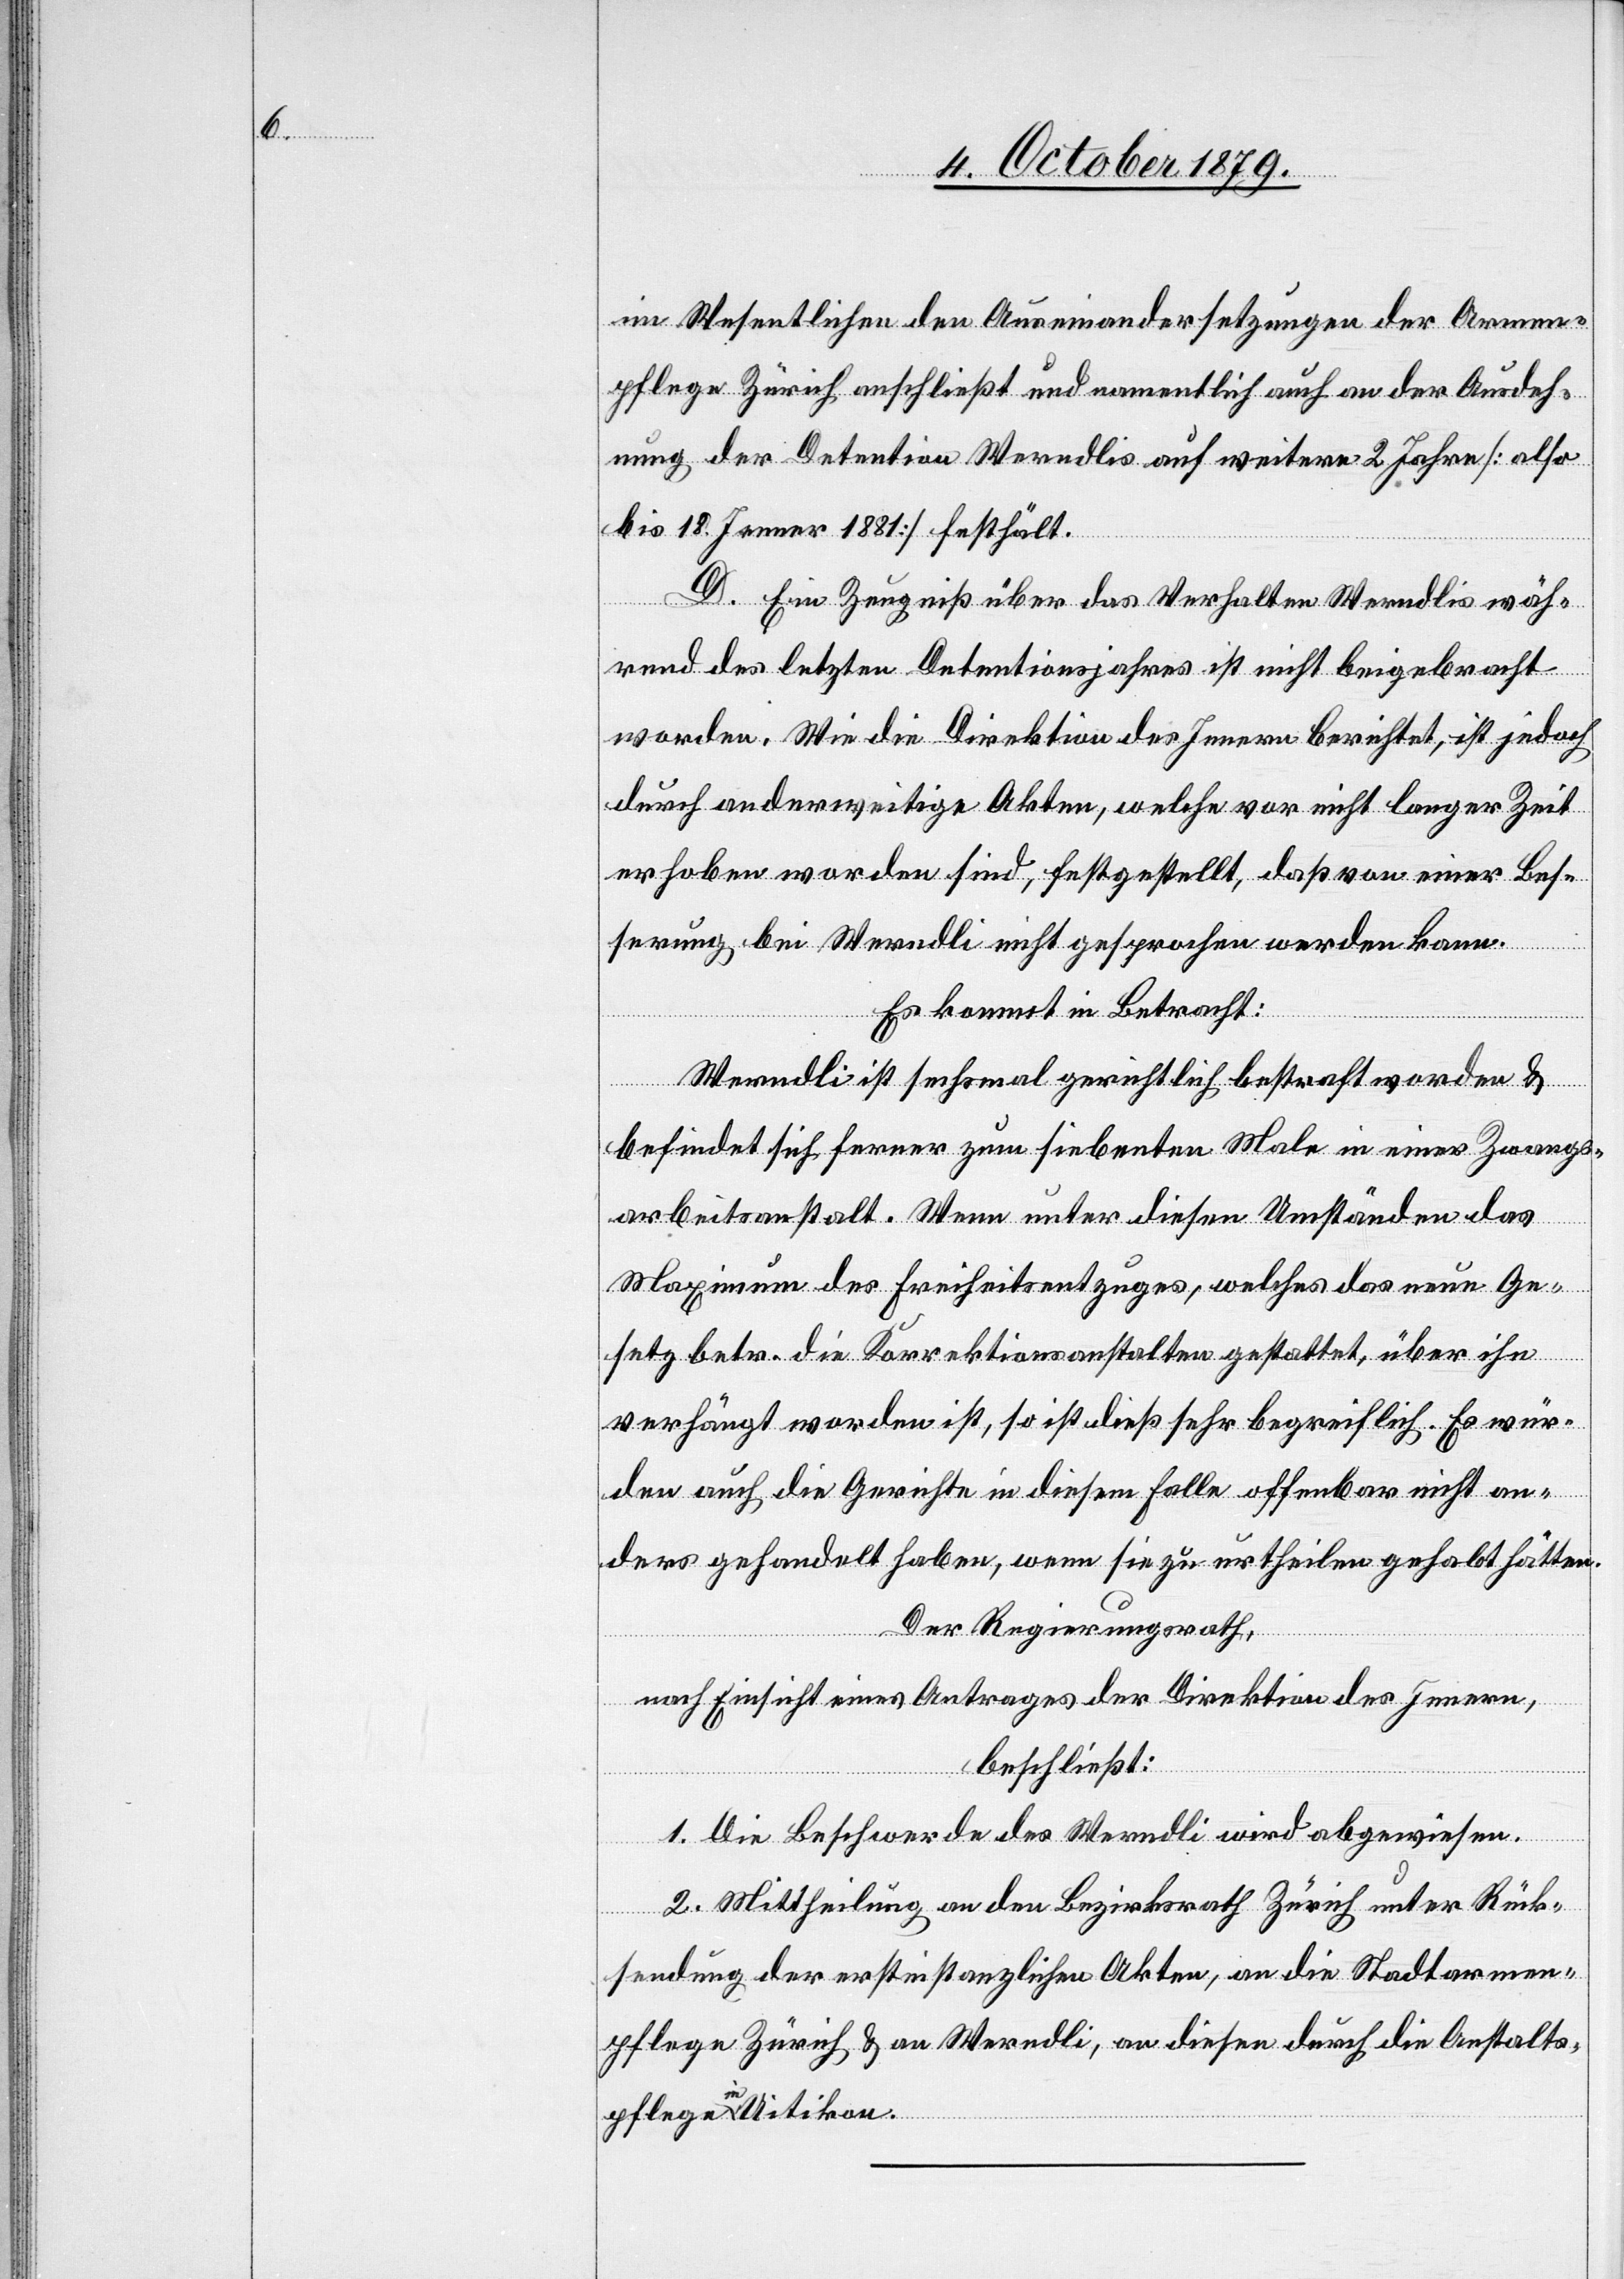
im Wesentlichen den Auseinandersetzungen der Armen¬
pflege Zürich anschließt und namentlich auch an der Ausdeh¬
nung der Detention Werndlis auf weitere 2 Jahre [also
bis 18. Jenner 1881] festhält.
D. Ein Zeugniß über das Verhalten Werndlis wäh¬
rend des letzten Detentionsjahres ist nicht beigebracht
worden. Wie die Direktion des Innern berichtet, ist jedoch
durch anderweitige Akten, welche vor nicht langer Zeit
erhoben worden sind, festgestellt, daß von einer Bes¬
serung bei Werndli nicht gesprochen werden kann.
Es kommt in Betracht:
Werndli ist sechsmal gerichtlich bestraft worden &
befindet sich ferner zum siebenten Male in einer Zwangs¬
arbeitsanstalt. Wenn unter diesen Umständen das
Maximum des Freiheitsentzuges, welchen das neue Ge¬
setz betr. die Korrektionsanstalten gestaltet, über ihn
verhängt worden ist, so ist dieß sehr begreiflich. Es wür¬
den auch die Gerichte in diesem Falle offenbar nicht an¬
ders gehandelt haben, wenn sie zu urtheilen gehabt hätten.
Der Regierungsrath,
nach Einsicht eines Antrages der Direktion des Innern,
beschließt:
1. Die Beschwerde des Werndli wird abgewiesen.
2. Mittheilung an den Bezirksrath Zürich unter Rück¬
sendung der erstinstanzlichen Akten, an die Stadtarmen¬
pflege Zürich & an Werndli, an diesen durch die Anstalts¬
pflege in Uitikon.